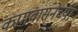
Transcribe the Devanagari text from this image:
कामवासनेच्या